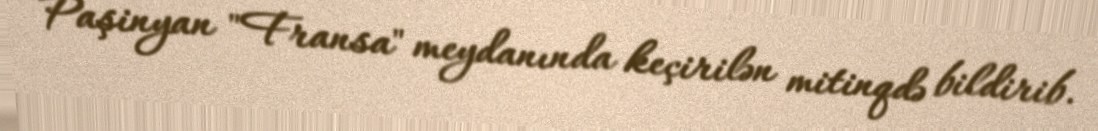
Paşinyan "Fransa" meydanında keçirilən mitinqdə bildirib.